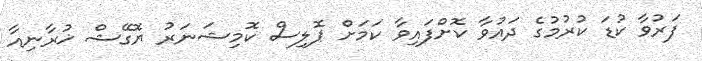
ފަރުވާ ކުޑަ ކުރުމުގެ ދައުވާ ކޮށްފައިވާ ކަމަށް ޕޮލިސް ކޮމިޝަނަރު ޔޮގޭޝް ޚުރާނިއާ